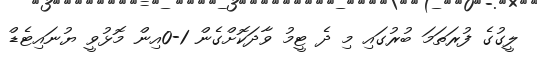
ލީގުގެ ފުރަތަމަ ބުރުގައި މި ދެ ޓީމު ވާދަކޮށްގެން 1-0އިން މޮޅުވީ ޔުނައިޓެޑް